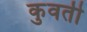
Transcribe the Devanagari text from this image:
कुवती